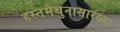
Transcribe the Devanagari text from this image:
हस्तमैथुनासारख्या